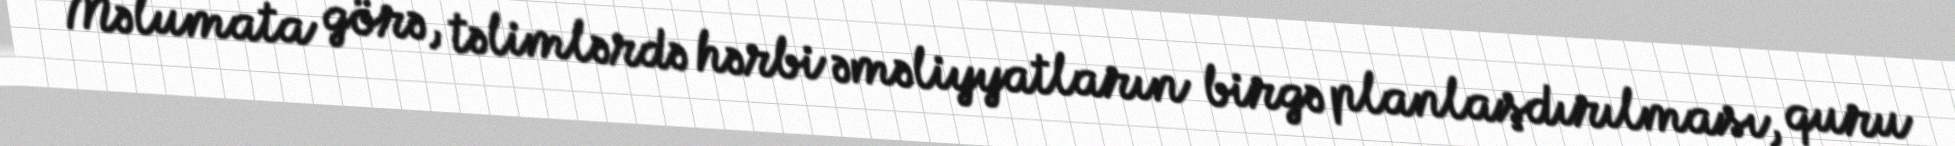
Məlumata görə, təlimlərdə hərbi əməliyyatların birgə planlaşdırılması, quru